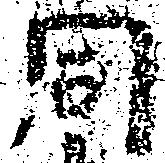
同